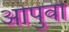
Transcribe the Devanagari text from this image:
ओपुवो